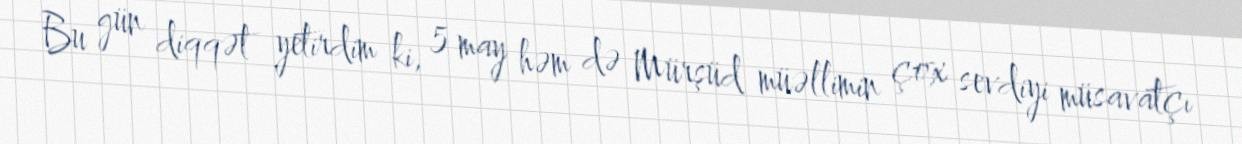
Bu gün diqqət yetirdim ki, 5 may həm də Mürşüd müəllimin çox sevdiyi müsavatçı